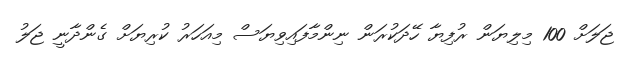
ޖަލަށް 100 މިލިޔަން ރުފިޔާ ހޭދަކުރަން ނިންމާފައިވިޔަސް މިއަހަރު ކުރިޔަށް ގެންދާނީ ޖަލު